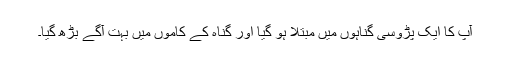
آپ کا ایک پڑوسی گناہوں میں مبتلا ہو گیا اور گناہ کے کاموں میں بہت آگے بڑھ گیا۔